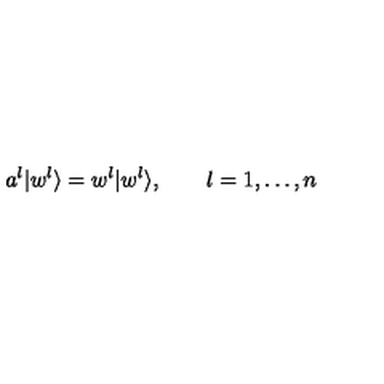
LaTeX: a ^ { l } | w ^ { l } \rangle = w ^ { l } | w ^ { l } \rangle , \qquad l = 1 , \ldots , n